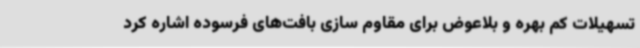
تسهیلات کم بهره و بلاعوض برای مقاوم سازی بافت‌های فرسوده اشاره کرد